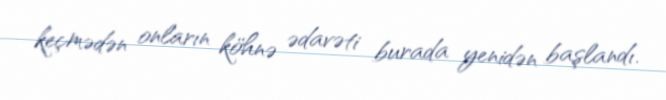
keçmədən onların köhnə ədavəti burada yenidən başlandı.